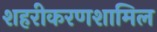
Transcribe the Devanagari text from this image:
शहरीकरणशामिल